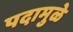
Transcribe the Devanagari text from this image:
पदामुळे